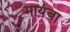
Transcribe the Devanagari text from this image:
मायंबा